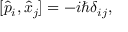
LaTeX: [ { \hat { p } } _ { i } , { \hat { x } } _ { j } ] = - i \hbar \delta _ { i j } ,